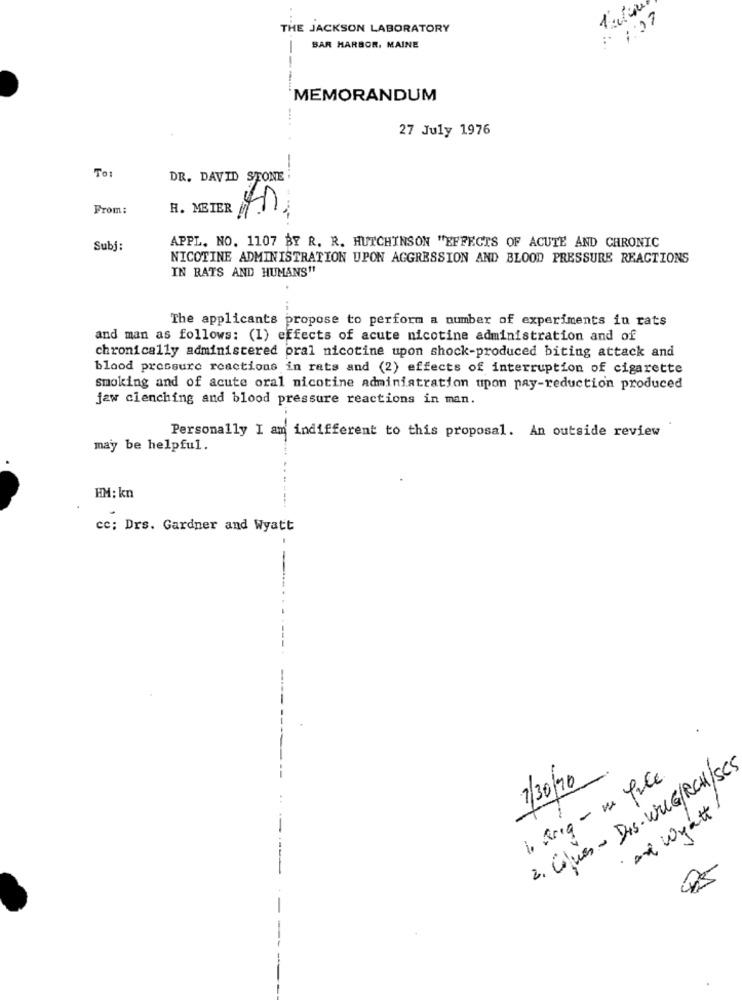
1:07
THE JACKSON LABORATORY
BAR HARBOR, MAINE
---
MEMORANDUM
27 July 1976
To:
DR. DAVID STONE
From:
H. METER
In
Subj:
APPL. NO. 1107 BY R. R. HUTCHINSON "EFFECTS OF ACUTE AND CHRONIC
NICOTINE ADMINISTRATION UPON AGGRESSION AND BLOOD PRESSURE REACTIONS
IN RATS AND HUMANS"
The applicants propose to perform a number of experiments in rats
and man as follows: (1) effects of acute nicotine administration and of
chronically administered pral nicotine upon shock-produced biting attack and
blood pressure reactions in rats and (2) effects of interruption of cigarette
smoking and of acute oral nicotine administration upon pay-reduction produced
jaw clenching and blood pressure reactions in man.
Personally I am indifferent to this proposal. An outside review
may be helpful.
HM: kn
cc: Drs. Gardner and Wyatt
2. Clues - Dis- WILG/RCH/SCS
7/30/90
l drig - un file
and wyatt